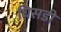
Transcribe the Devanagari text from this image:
घिसडी